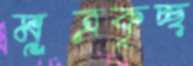
মূত্রকৃচ্ছ